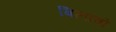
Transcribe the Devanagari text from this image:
बिलावों